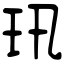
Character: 𤣲